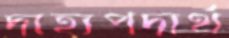
দাহ্যপদার্থ